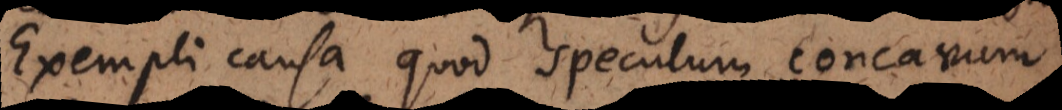
Exempli causa quod speculum concavum